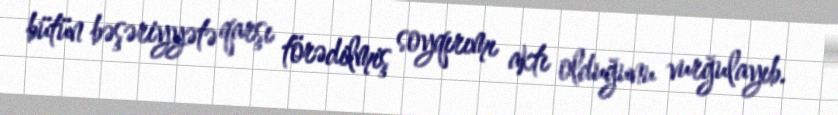
bütün bəşəriyyətə qarşı törədilmiş soyqırımı aktı olduğunu vurğulayıb.